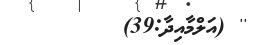
'' (އަލްމާއިދާ:39)